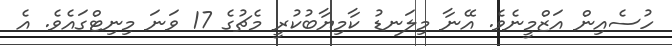
ހުސެއިން އަޒްމީނެވެ. އޭނާ މިލަނޑު ކާމިޔާބުކުރީ މެޗުގެ 17 ވަނަ މިނިޓްގައެވެ. އެ